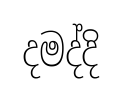
දමද්දි